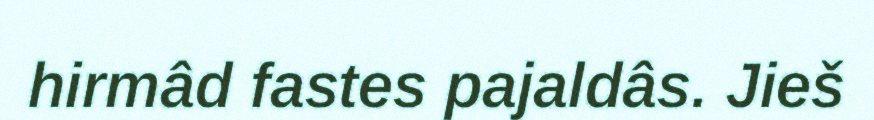
hirmâd fastes pajaldâs. Jieš